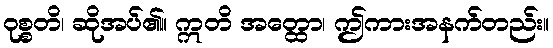
ဝုစ္စတိ၊ ဆိုအပ်၏။ ဣတိ အတ္ထော၊ ဤကားအနက်တည်း။